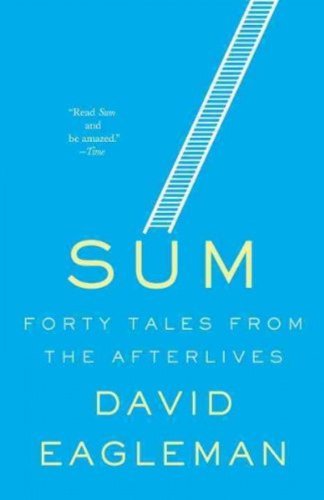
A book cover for Sum: Forty Tales from the Afterlives; David Eagleman; Literature & Fiction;